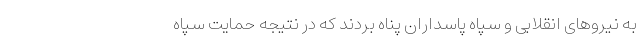
به نیروهای انقلابی و سپاه پاسداران پناه بردند که در نتیجه حمایت سپاه